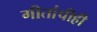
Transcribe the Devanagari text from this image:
गीतांचीही